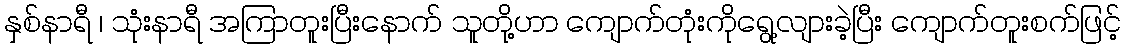
နှစ်နာရီ ၊ သုံးနာရီ အကြာတူးပြီးနောက် သူတို့ဟာ ကျောက်တုံးကိုရွေ့လျားခဲ့ပြီး ကျောက်တူးစက်ဖြင့်